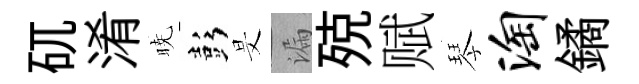
矹淆暁彭旻漏殑赋琴淘鐍